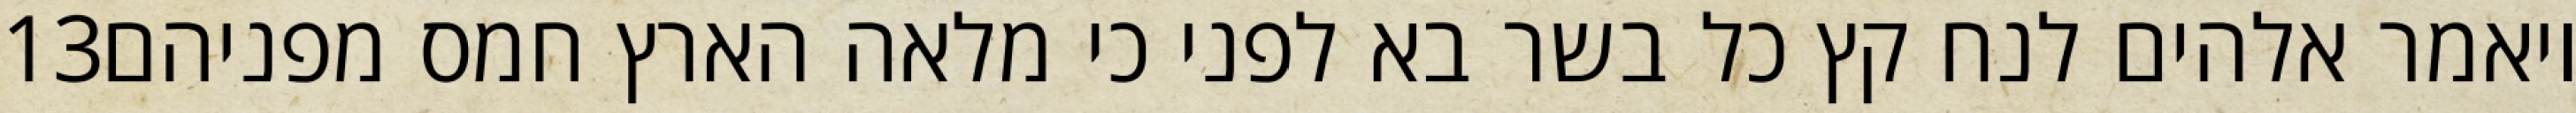
‎13‏ ויאמר אלהים לנח קץ כל בשר בא לפני כי מלאה הארץ חמס מפניהם